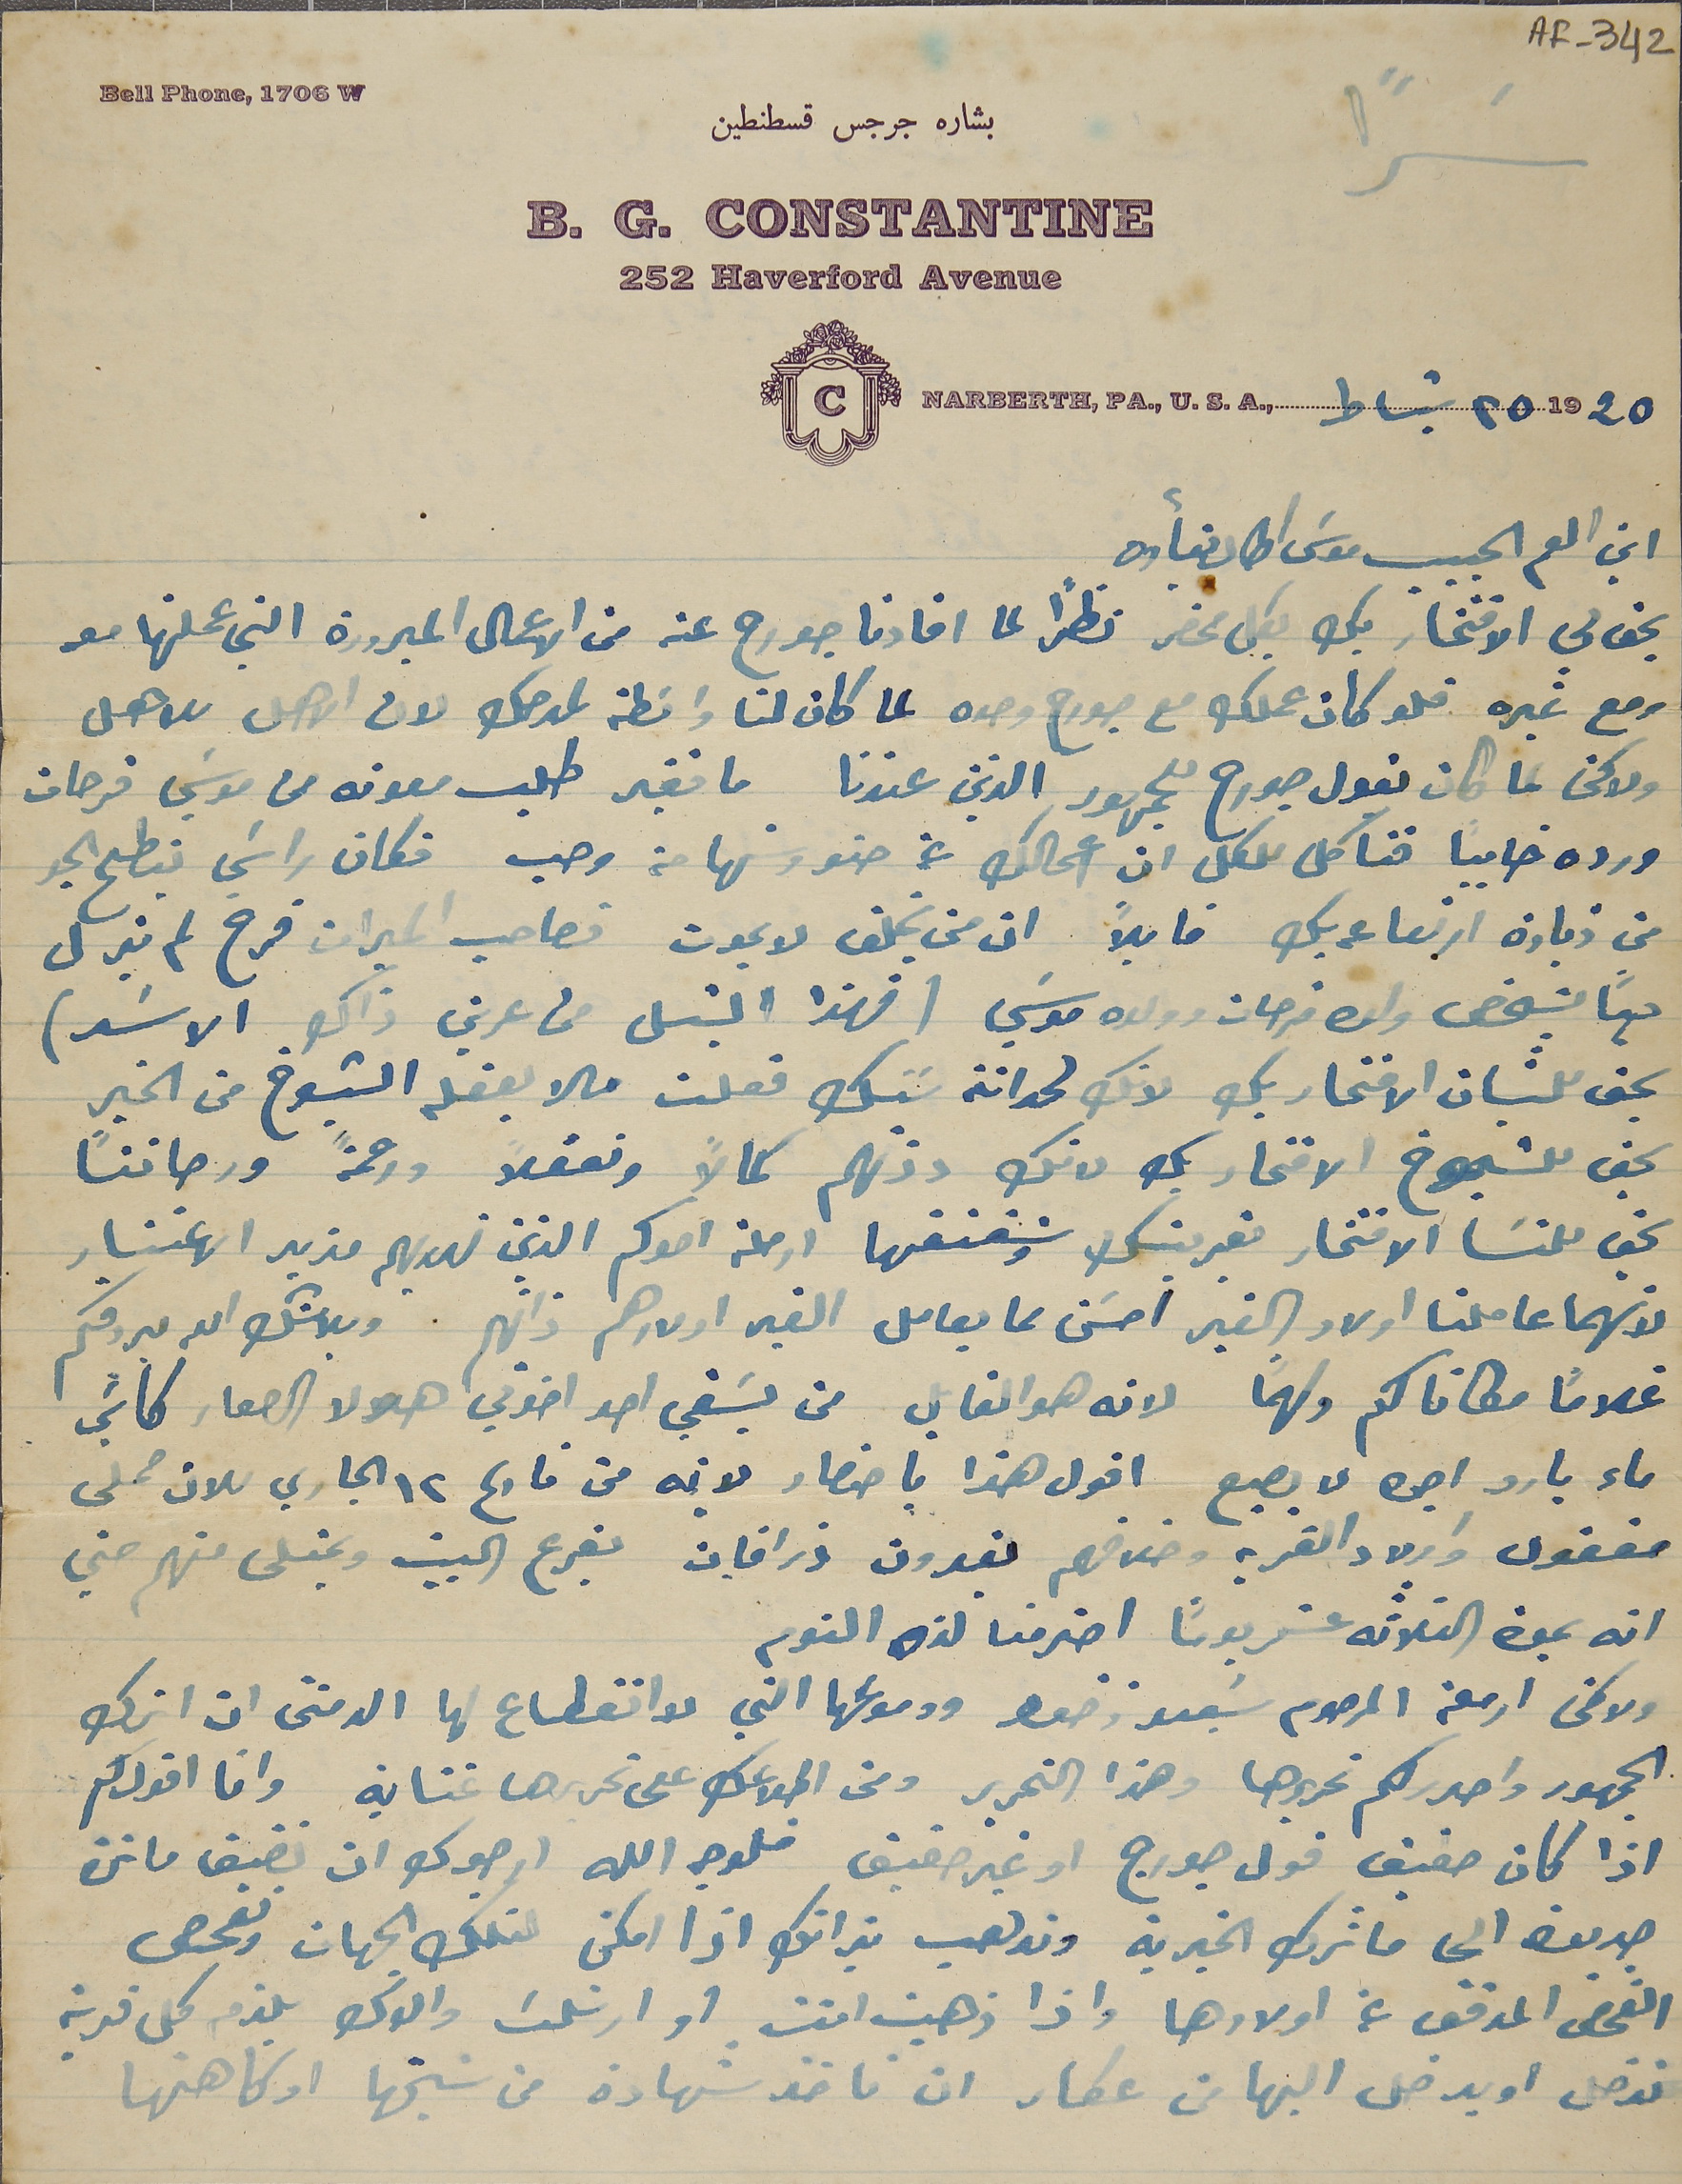
AF-342
            بشاره جرجس قسطنطين
Bell Phone, 1706 W
         252 Haverford Avenue
1920  ٢٥   شباط ,.NARBERTH, PA., U.S.A

ابن العم الحبيب موسَى اطال بقأوه
يحق لي الافتخار بك بكل محض نظرًا لما افادنا جورح عنه من الاعمال المبرورة التي عملتها معه
ومع غيره فلو كان عملك مع جورح وحده لما كان لنا واسَطة لمدحك لان الاهل للاهل
ولاكن لما كان يقول جورح للجمهور الذين عندنا ما فقير طلب معونه من موسَي فرحات
ورده خايباً نحنا كل للكل ان اعمالك عن حنو وشهامة وحب فكان راسَي ينطح الجو
من زيادة ارتعاعه بك قايلاً ان من يخلف لا يموت فصاحب الميرات فرح لم يزل
دوماً بشخص ولده فرحات وولده موسَي (فهذا الشبل من عرين ذاك الاسَد)
يحق للشبان الافتخار بك لانك لحداثة سَنك فعلت ما لا يفعله الشيوخ من الخير
يحق للشيوخ الافتخار بك لانك دونهم كمالاً وتعقلاً ورحمةً ورصانتاً
يحق للنسَا الافتخار بقرينك وشقنقها ارملة اخوكم الذين نهديهم مزيد الاعتبار
 لانهما عاملنا اولاد الغير احسَن مما يعامل الغير اولادهم ذاتهم وبلا شك الا يردقكم
غلامًاً مكاناكم ولهماً لانه هو القايل من يسَقي احد اخوتي هولا الصغار كأسَي
ماء بارد اجره لا يصيع اقول هذا باحتصار لانه من تارىح ١٢ الجاري للان حملى
مفقود واولاد القريه وخلافهم يغدون ذرافان بفرع البيت ويمتلى منهم حتي
انه بمدة الثلاثة عشريوماً اخرمنا لذه النوم
ولا كفى ارملة المرحوم سَعيد زخور ودموعها التي لا انقطاع لها الدمتنى ان اترك
الجمهور واحرركم تحريرها وهذا التحرير ومن اطلاعك على تحريرها تمناية وانا اقول كم
اذا كان حقيق قول جورج او غير حقيق فلوجه الله ارجوك ان تضيف ماترة
جديدة الى ماترك الخيرية وتدهب بذاتك اذا امكن لتلك الجهات وتفحص
الفحص المدقق عن اولادها واذا ذهبت انت او ارسَلت والدك يلزم كل قرية
ندخل او يدخل اليها من عكار ان ناخذ شهادة من شيخها او كاهنها
سَراً
                             B.G. CONSTANTINE